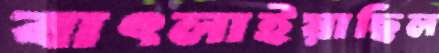
বাৎলাইয়াছিল